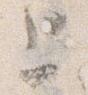
上